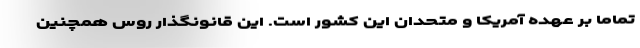
تماما بر عهده آمریکا و متحدان این کشور است. این قانونگذار روس همچنین